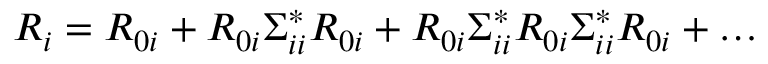
R _ { i } = R _ { 0 i } + R _ { 0 i } \Sigma _ { i i } ^ { * } R _ { 0 i } + R _ { 0 i } \Sigma _ { i i } ^ { * } R _ { 0 i } \Sigma _ { i i } ^ { * } R _ { 0 i } + \dots